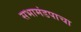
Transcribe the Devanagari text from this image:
सभामंडपाचा